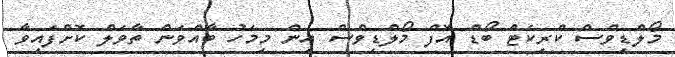
މޯލްޑިވްސް ކްރިކެޓް ބޯޑް އޮފް މޯލްޑިވްސް އިން މިމަހު ބާއްވަން ތާވަލް ކޮށްފައިވާ